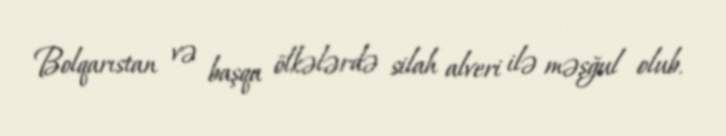
Bolqarıstan və başqa ölkələrdə silah alveri ilə məşğul olub.